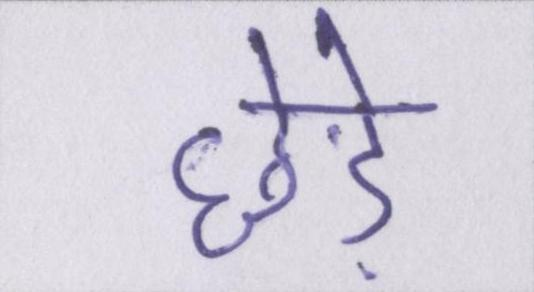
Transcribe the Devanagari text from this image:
छेड़े